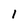
Character: 1